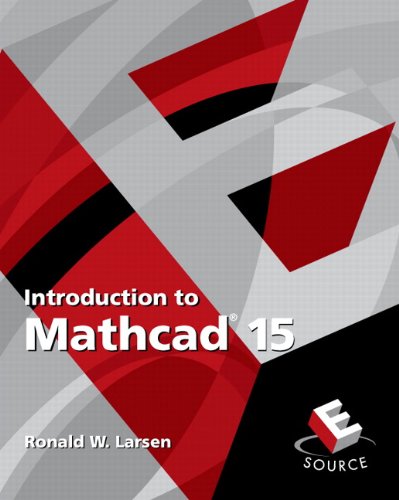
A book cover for Introduction to Mathcad 15 (3rd Edition); Ronald W. Larsen; Computers & Technology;